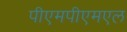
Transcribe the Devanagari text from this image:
पीएमपीएमएल